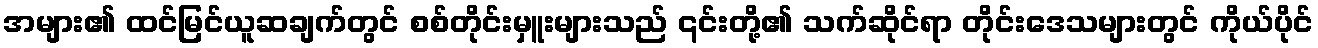
အများ၏ ထင်မြင်ယူဆချက်တွင် စစ်တိုင်းမှူးများသည် ၎င်းတို့၏ သက်ဆိုင်ရာ တိုင်းဒေသများတွင် ကိုယ်ပိုင်